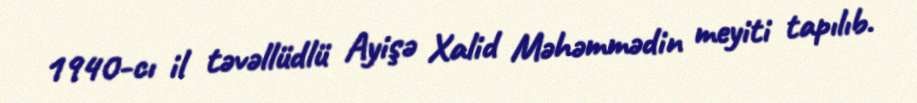
1940-cı il təvəllüdlü Ayişə Xalid Məhəmmədin meyiti tapılıb.